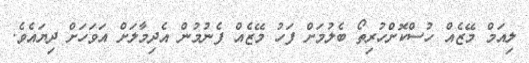
ލިއަމް މޭޒެއް ހުސްކޮށްހުރިތޯ ބެލުމަށް ފަހު މޭޒެއް ފެނުމުން އެދިމާލަށް އަވަހަށް ދިޔައެވެ.